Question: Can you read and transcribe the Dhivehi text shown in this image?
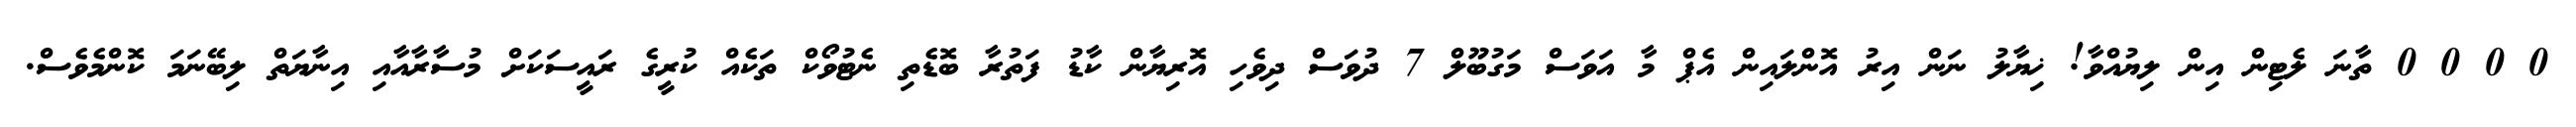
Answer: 0 0 0 0 ތާނަ ލެޓިން އިން ލިޔުއްވާ! ޚިޔާލު ނަން އިރު އޮންލައިން އެޕް މާ އަވަސް މަގުބޫލް 7 ދުވަސް ދިވެހި އޮރިޔާން ކާޑު ފަތުރާ ބޮޑެތި ނެޓުވޯކް ތަކެއް ކުރީގެ ރައީސަކަށް މުސާރާއާއި އިނާޔަތް ލިބޭނަމަ ކޮންމެވެސް.